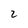
Character: 2